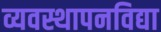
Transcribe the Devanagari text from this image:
व्यवस्थापनविद्या